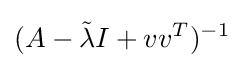
(A-{\tilde {\lambda }}I+vv^{T})^{-1}